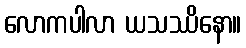
လောကပါလာ ယသဿိနော။